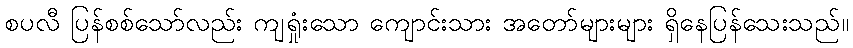
စပလီ ပြန်စစ်သော်လည်း ကျရှုံးသော ကျောင်းသား အတော်များများ ရှိနေပြန်သေးသည်။